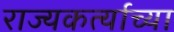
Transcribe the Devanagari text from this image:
राज्यकर्त्याच्या